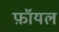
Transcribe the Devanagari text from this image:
फ़ॉयल